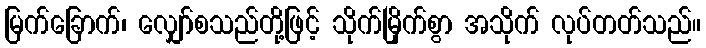
မြက်ခြောက်၊ လျှော်စသည်တို့ဖြင့် သိုက်မြိုက်စွာ အသိုက် လုပ်တတ်သည်။